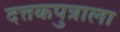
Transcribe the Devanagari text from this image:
दत्तकपुत्राला